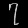
Digit: ၇